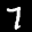
Label: 7